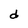
Character: d